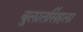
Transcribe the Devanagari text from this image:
बुलातसिंहला